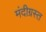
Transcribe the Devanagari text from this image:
मंदीग्रस्त